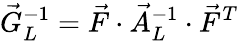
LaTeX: \vec{G}_{L}^{-1}=\vec{F}\cdot\vec{A}_{L}^{-1}\cdot\vec{F}^{T}